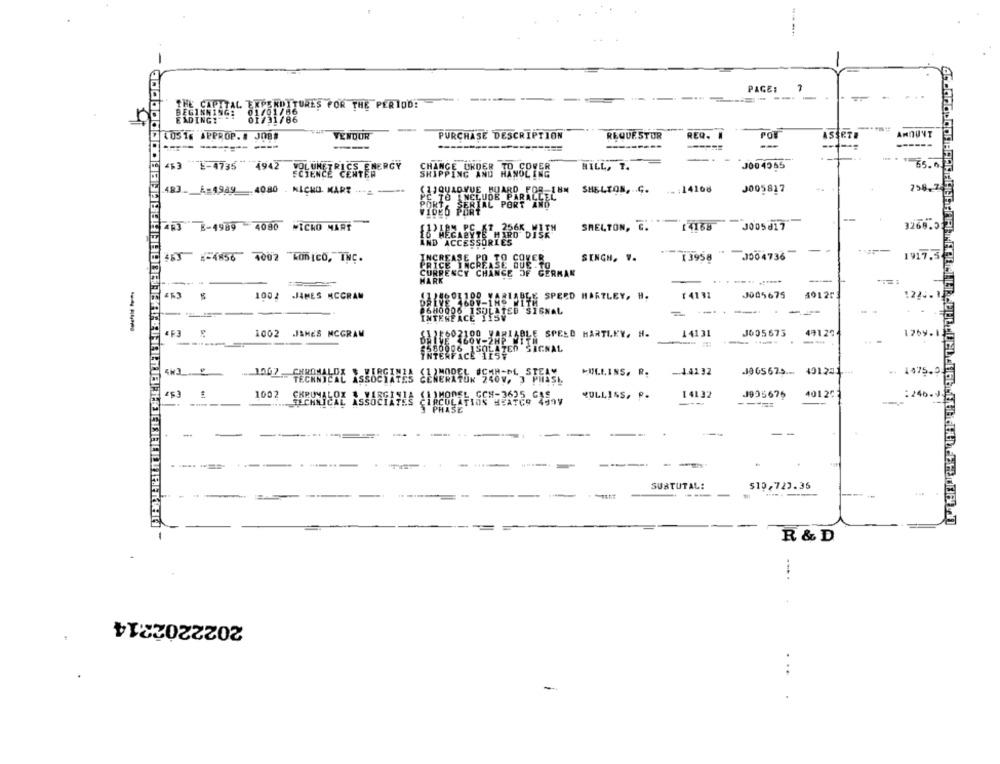
-
PAGE:
1
----
THESKULTURES FOR THE PERIOD!
10
105 16 APPROP.# JOB#
VENDOR
PURCHASE DESCRIPTION
REQUESTUR
REQ.
POT
SART
AMOUNT
-----------
463 E-4735 4942
HILL, T.
J00 4565
65.0.
CHANGE OKOSE JR SOVER
ING AND
Lissoor
483. A=4989 4080 . KICHO KART
(1JQUADVUE BOARD FOR-18M
SHELTON, . G.
.. : 14108
798.7
PC TO INCLUDE PARALLEL
SERIAL PORT AND
VIDEO PORT
-
--
--
493 E-4989 4080 #ICKO MART
SHELTON, C.
14168
J005817
3266.0
-
463 1-4856 4002 KODCO. INC.
SINGH. V.
1 3958
J004736
1917.3
--
1002 JAMES NCCRAM
SPEED HARTLEY, H.
7 4132
J005675
40125
----
1002 .JAMES MCGRAW
SPEED HARTLEY, H.
14131
J005675
49129
126
.... 1067 .. CHROMALOS
MULLINS. R.
-14132
J965675 ... 401251
-. 1475.5.
253
1002
(1)MODEL GCN-3635 GAS
CULLISS. P.
14132
J995675
401207
:246.9.
TECHNICAL ASSOCIATES CIRCULATION MEATCO 499V
---
-*==
----
SPHASE
-
--
-
--
--
---==
...
---
SURTUTAL:
$10,723.35
--
---
-
EZET
R & D
2022202314
..